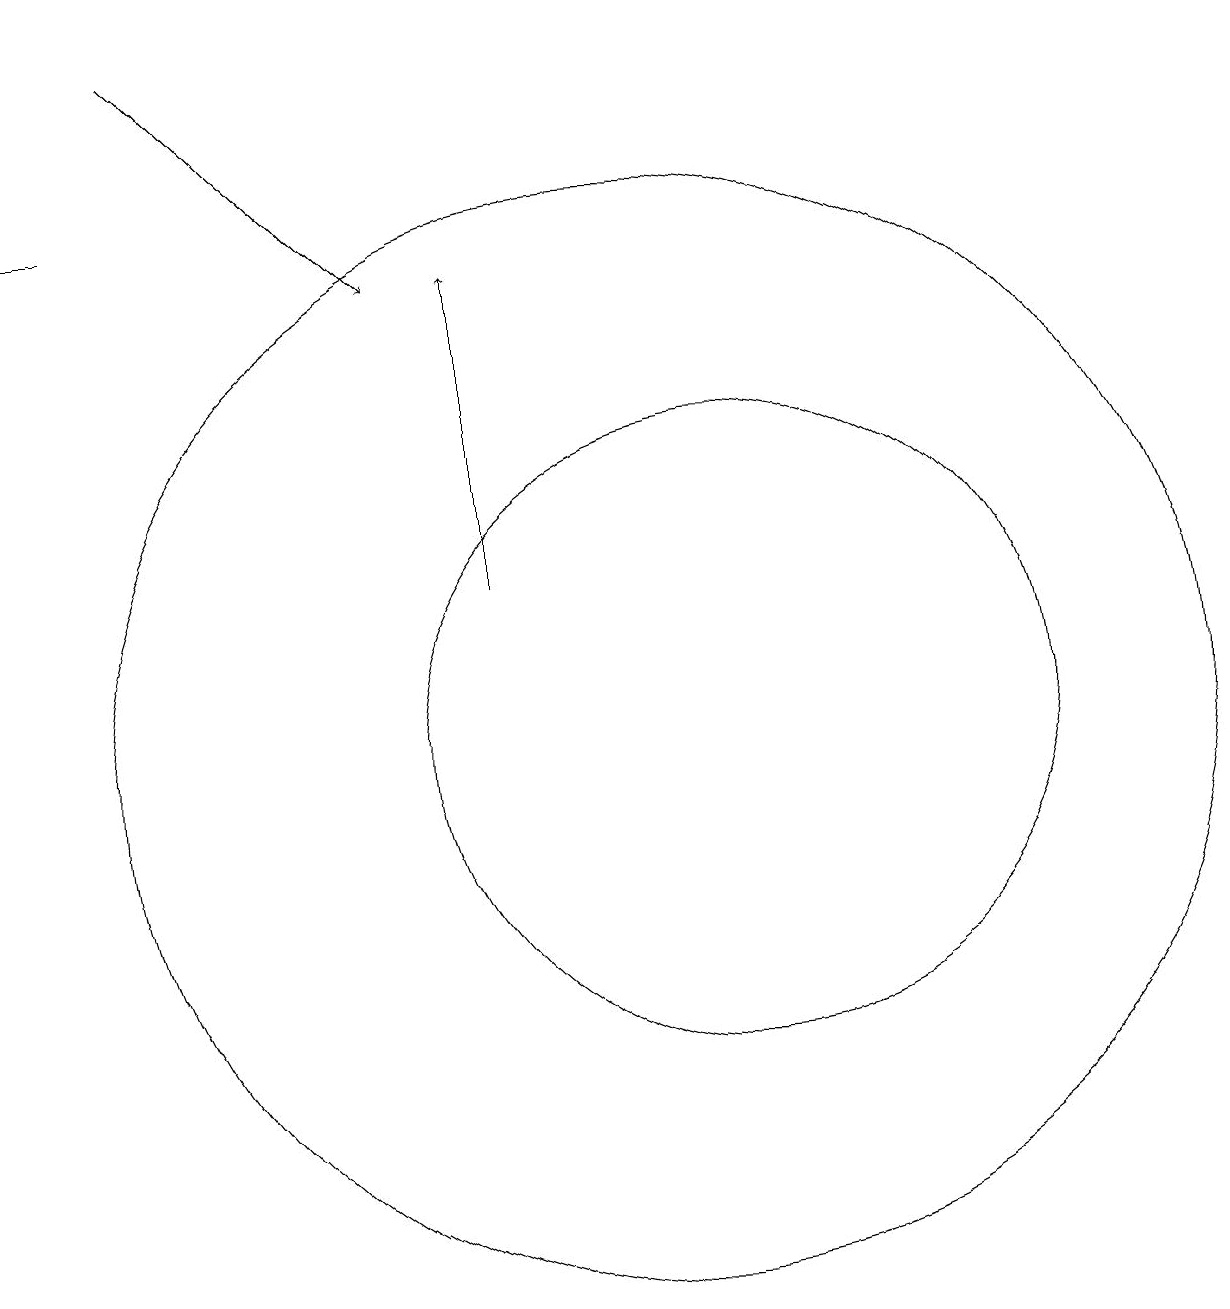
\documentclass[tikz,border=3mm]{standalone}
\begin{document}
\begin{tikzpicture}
\draw[->] (8,12) -- (8,16);
\draw (10,10) circle (7);
\draw[->] (4,19) -- (7,16);
\draw (11,10) circle (4);
\draw[->] (3,17) -- (2,17);
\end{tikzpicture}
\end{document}